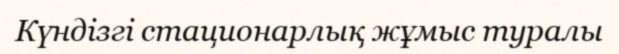
Күндізгі стационарлық жұмыс туралы